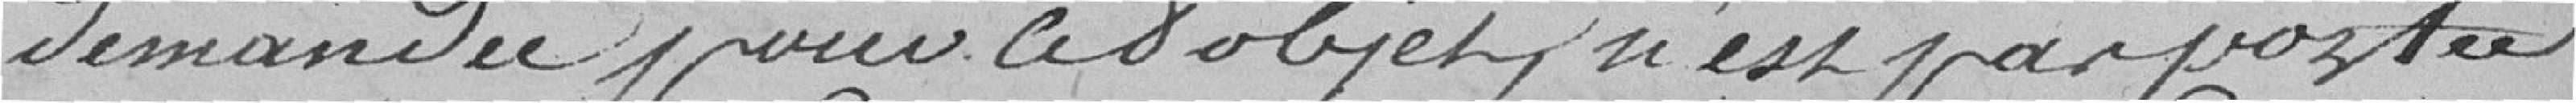
demandée pour ces objets, n'est pas portée